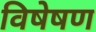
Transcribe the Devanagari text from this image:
विषेषण